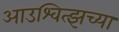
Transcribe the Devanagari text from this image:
आउश्वित्झच्या